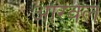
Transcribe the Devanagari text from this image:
आरवेल